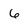
Character: 6